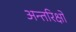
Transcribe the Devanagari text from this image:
अन्तरिक्षों